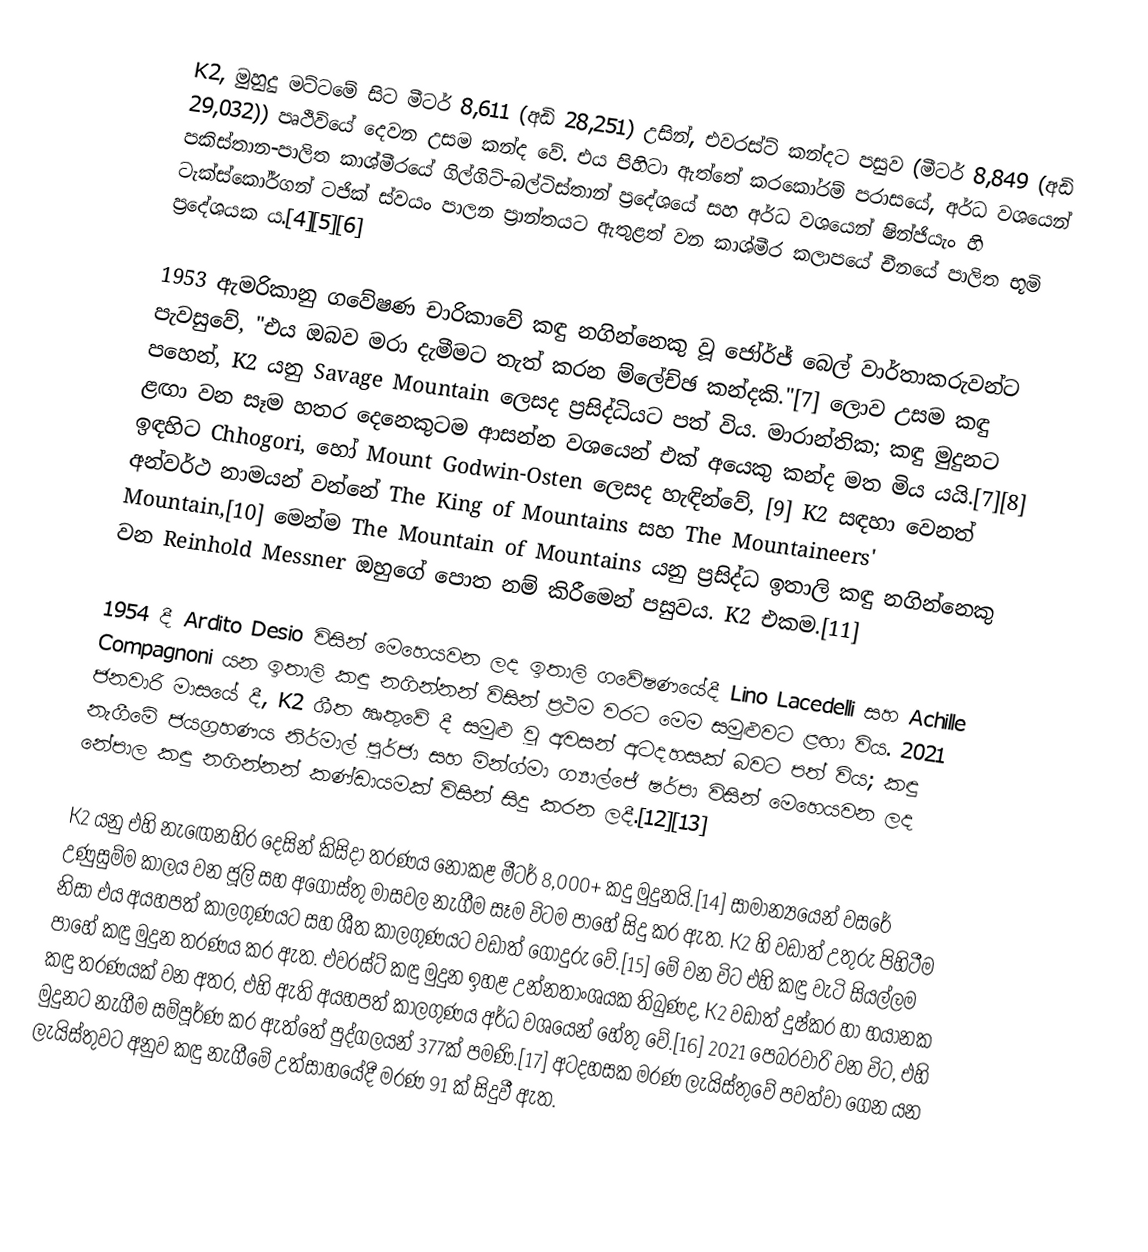
K2, මුහුදු මට්ටමේ සිට මීටර් 8,611 (අඩි 28,251) උසින්, එවරස්ට් කන්දට පසුව (මීටර් 8,849 (අඩි 29,032)) පෘථිවියේ දෙවන උසම කන්ද වේ. එය පිහිටා ඇත්තේ කරකෝරම් පරාසයේ, අර්ධ වශයෙන් පකිස්තාන-පාලිත කාශ්මීරයේ ගිල්ගිට්-බල්ටිස්තාන් ප්‍රදේශයේ සහ අර්ධ වශයෙන් ෂින්ජියැං හි ටැක්ස්කෝර්ගන් ටජික් ස්වයං පාලන ප්‍රාන්තයට ඇතුළත් වන කාශ්මීර කලාපයේ චීනයේ පාලිත භූමි ප්‍රදේශයක ය.[4][5][6]

1953 ඇමරිකානු ගවේෂණ චාරිකාවේ කඳු නගින්නෙකු වූ ජෝර්ජ් බෙල් වාර්තාකරුවන්ට පැවසුවේ, "එය ඔබව මරා දැමීමට තැත් කරන ම්ලේච්ඡ කන්දකි."[7] ලොව උසම කඳු පහෙන්, K2 යනු Savage Mountain ලෙසද ප්‍රසිද්ධියට පත් විය. මාරාන්තික; කඳු මුදුනට ළඟා වන සෑම හතර දෙනෙකුටම ආසන්න වශයෙන් එක් අයෙකු කන්ද මත මිය යයි.[7][8] ඉඳහිට Chhogori, හෝ Mount Godwin-Osten ලෙසද හැඳින්වේ, [9] K2 සඳහා වෙනත් අන්වර්ථ නාමයන් වන්නේ The King of Mountains සහ The Mountaineers' Mountain,[10] මෙන්ම The Mountain of Mountains යනු ප්‍රසිද්ධ ඉතාලි කඳු නගින්නෙකු වන Reinhold Messner ඔහුගේ පොත නම් කිරීමෙන් පසුවය. K2 එකම.[11]

1954 දී Ardito Desio විසින් මෙහෙයවන ලද ඉතාලි ගවේෂණයේදී Lino Lacedelli සහ Achille Compagnoni යන ඉතාලි කඳු නගින්නන් විසින් ප්‍රථම වරට මෙම සමුළුවට ළඟා විය. 2021 ජනවාරි මාසයේ දී, K2 ශීත ඍතුවේ දී සමුළු වූ අවසන් අටදහසක් බවට පත් විය; කඳු නැගීමේ ජයග්‍රහණය නිර්මාල් පූර්ජා සහ මින්ග්මා ග්‍යාල්ජේ ෂර්පා විසින් මෙහෙයවන ලද නේපාල කඳු නගින්නන් කණ්ඩායමක් විසින් සිදු කරන ලදී.[12][13]

K2 යනු එහි නැඟෙනහිර දෙසින් කිසිදා තරණය නොකළ මීටර් 8,000+ කදු මුදුනයි.[14] සාමාන්‍යයෙන් වසරේ උණුසුම්ම කාලය වන ජූලි සහ අගෝස්තු මාසවල නැගීම සෑම විටම පාහේ සිදු කර ඇත. K2 හි වඩාත් උතුරු පිහිටීම නිසා එය අයහපත් කාලගුණයට සහ ශීත කාලගුණයට වඩාත් ගොදුරු වේ.[15] මේ වන විට එහි කඳු වැටි සියල්ලම පාහේ කඳු මුදුන තරණය කර ඇත. එවරස්ට් කඳු මුදුන ඉහළ උන්නතාංශයක තිබුණද, K2 වඩාත් දුෂ්කර හා භයානක කඳු තරණයක් වන අතර, එහි ඇති අයහපත් කාලගුණය අර්ධ වශයෙන් හේතු වේ.[16] 2021 පෙබරවාරි වන විට, එහි මුදුනට නැගීම සම්පූර්ණ කර ඇත්තේ පුද්ගලයන් 377ක් පමණි.[17] අටදහසක මරණ ලැයිස්තුවේ පවත්වා ගෙන යන ලැයිස්තුවට අනුව කඳු නැගීමේ උත්සාහයේදී මරණ 91 ක් සිදුවී ඇත.